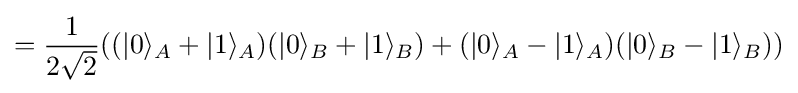
={\frac {1}{2{\sqrt {2}}}}((|0\rangle _{A}+|1\rangle _{A})(|0\rangle _{B}+|1\rangle _{B})+(|0\rangle _{A}-|1\rangle _{A})(|0\rangle _{B}-|1\rangle _{B}))